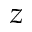
z